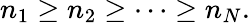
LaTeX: n_{1}\ge n_{2}\ge\cdots\ge n_{N}.